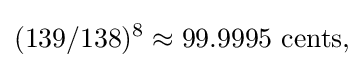
(139/138)^{8}\approx 99.9995{\text{ cents,}}